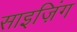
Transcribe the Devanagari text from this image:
साइज़िंग